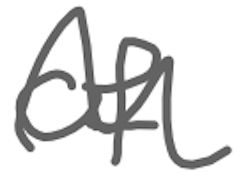
Text: of
Cross-out: wave
Writing tool: digital_gray